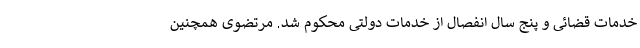
خدمات قضائی و پنج سال انفصال از خدمات دولتی محکوم شد. مرتضوی همچنین